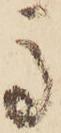
馬